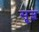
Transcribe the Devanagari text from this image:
सू़ज्ञ